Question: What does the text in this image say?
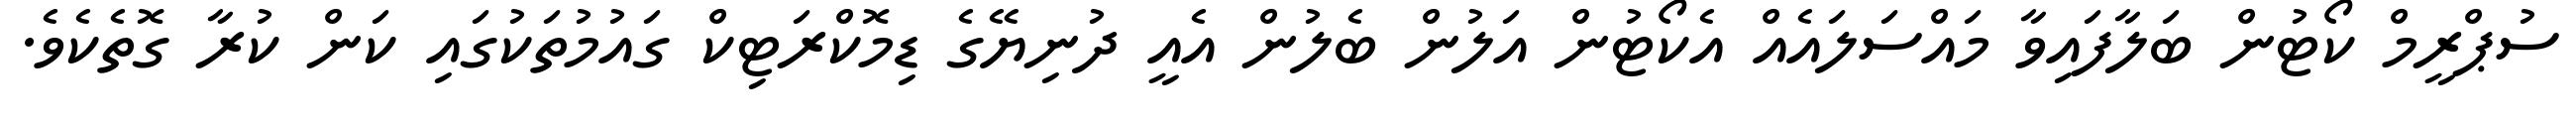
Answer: ސުޕްރީމް ކޯޓުން ބަލާފައިވާ މައްސަލައެއް އެކޯޓުން އަލުން ބެލުން އެއީ ދުނިޔޭގެ ޑިމޮކްރަޓިކް ގައުމުތަކުގައި ކަން ކުރާ ގޮތެކެވެ.